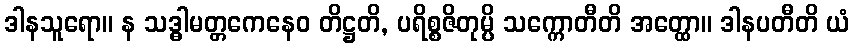
ဒါနသူရော။ န သဒ္ဓါမတ္တကေနေဝ တိဋ္ဌတိ, ပရိစ္စဇိတုမ္ပိ သက္ကောတီတိ အတ္ထော။ ဒါနပတီတိ ယံ